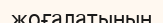
жоғалатынын